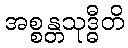
အစ္စန္တသုဒ္ဓီတိ